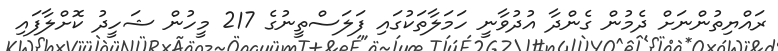
ރައްޔިތުންނަށް ދެމުން ގެންދާ އުދުވާނީ ހަމަލާތަކުގައި ފަލަސްތީނުގެ 217 މީހުން ޝަހީދު ކޮށްލާފައި